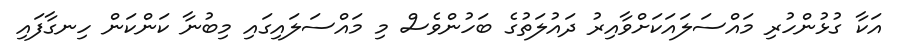
އަކާ ގުޅުންހުރި މައްސަލައަކަށްވާއިރު ދައުލަތުގެ ބަހުންވެސް މި މައްސަލައިގައި މިބުނާ ކަންކަން ހިނގާފައި